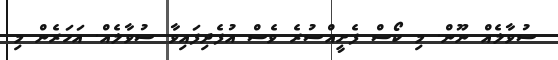
ސުވާލެއް ނޫން. މި ކޯސް ފެށީއްސުރެ ވެސް އުފެދިފައިވާ ސުވާލެއް. އަހަރެން މި